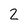
Character: 2